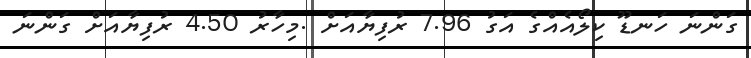
ގަންނަ ހަނޑޫ ކިލޯއެއްގެ އަގު 7.96 ރުފިޔާއަށް .މިހާރު 4.50 ރުފިޔާއަށް ގަންނަ